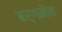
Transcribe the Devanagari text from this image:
बर्गमेन